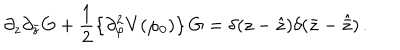
\partial _ { z } \partial _ { \bar { z } } \mathrm { G } + \frac { 1 } { 2 } \left\{ \partial _ { \varphi } ^ { 2 } V ( \varphi _ { 0 } ) \right\} \mathrm { G } = \delta ( z - \hat { z } ) \delta ( \bar { z } - \hat { \bar { z } } ) \, .